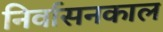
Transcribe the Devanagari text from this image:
निर्वासनकाल